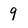
Character: 9